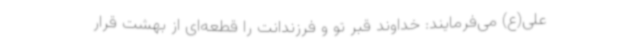
علی(ع) می‌فرمایند: خداوند قبر تو و فرزندانت را قطعه‌ای از بهشت قرار